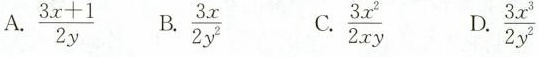
A.$$\frac { 3 x + 1 } { 2 y }$$ B.\frac{3x}{2y^{2}} C.\frac{3x^{2}}{2xy} D.\frac{3x^{3}}{2y_{2}}